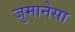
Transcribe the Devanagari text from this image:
जुमानेसा